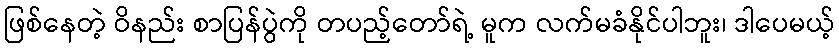
ဖြစ်နေတဲ့ ဝိနည်း စာပြန်ပွဲကို တပည့်တော်ရဲ့ မူက လက်မခံနိုင်ပါဘူး၊ ဒါပေမယ့်